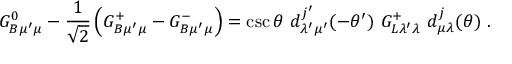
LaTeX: G _ { B \mu ^ { \prime } \mu } ^ { 0 } - { \frac { 1 } { \sqrt { 2 } } } \left( G _ { B \mu ^ { \prime } \mu } ^ { + } - G _ { B \mu ^ { \prime } \mu } ^ { - } \right) = \csc \theta \ d _ { \lambda ^ { \prime } \mu ^ { \prime } } ^ { j ^ { \prime } } ( - \theta ^ { \prime } ) \ G _ { L \lambda ^ { \prime } \lambda } ^ { + } \ d _ { \mu \lambda } ^ { j } ( \theta ) \ .